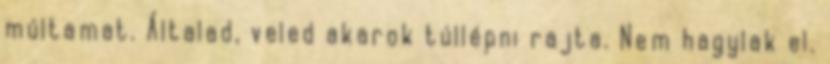
múltamat. Általad, veled akarok túllépni rajta. Nem hagylak el.